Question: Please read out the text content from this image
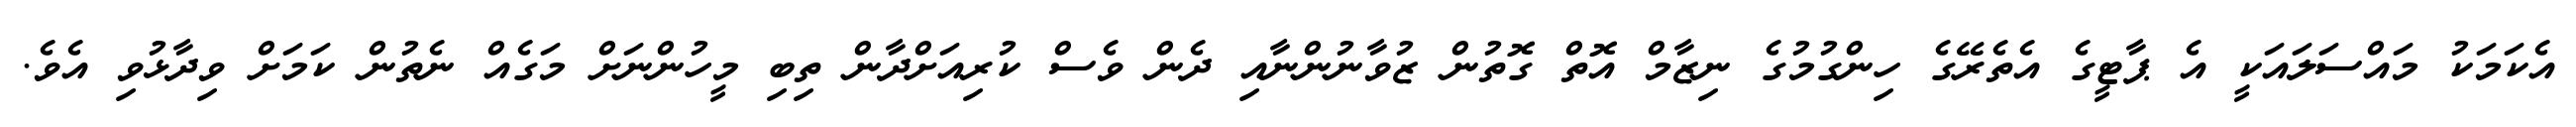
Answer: އެކަމަކު މައްސަލައަކީ އެ ޕާޓީގެ އެތެރޭގެ ހިންގުމުގެ ނިޒާމް އޮތް ގޮތުން ޒުވާނުންނާއި ދެން ވެސް ކުރިއަށްދާން ތިބި މީހުންނަށް މަގެއް ނެތުން ކަމަށް ވިދާޅުވި އެވެ.